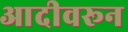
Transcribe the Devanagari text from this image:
आदीवरून